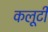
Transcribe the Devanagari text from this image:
कलूटी